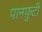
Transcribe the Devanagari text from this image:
पानफ़ुटी